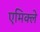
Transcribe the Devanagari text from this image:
एमिक्ले